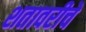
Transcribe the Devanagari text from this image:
शतावरीचे